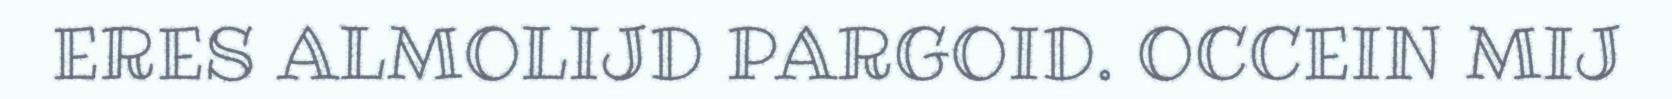
ERES ALMOLIJD PARGOID. OCCEIN MIJ